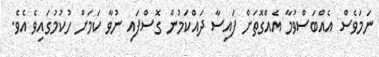
ނަމަވެސް އެއްބަސްވުމާ އެއްގޮތަށް ފައިސާ ދައްކަމުން ގޮސްފައި ނުވާ ކަމަށް ހުކުމުގައިވެ އެވެ.